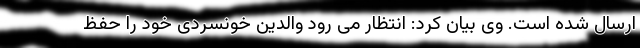
ارسال شده است. وی بیان کرد: انتظار می رود والدین خونسردی خود را حفظ